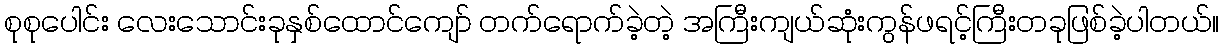
စုစုပေါင်း လေးသောင်းခုနှစ်ထောင်ကျော် တက်ရောက်ခဲ့တဲ့ အကြီးကျယ်ဆုံးကွန်ဖရင့်ကြီးတခုဖြစ်ခဲ့ပါတယ်။